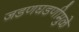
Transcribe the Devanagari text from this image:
जडणघडणीमुळे